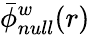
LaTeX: \bar{\phi}_{null}^{w}(r)